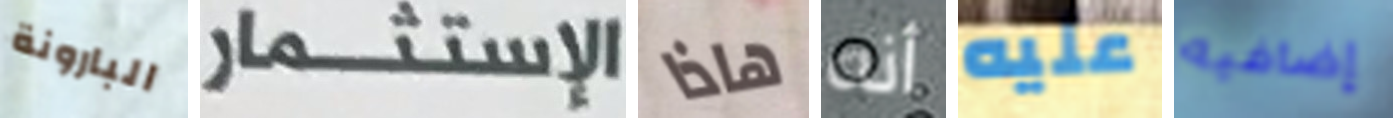
البارونة الإستثمار هاذا أنه عليه إضافيه